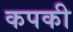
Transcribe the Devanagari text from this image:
कपकी